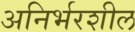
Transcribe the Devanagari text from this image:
अनिर्भरशील